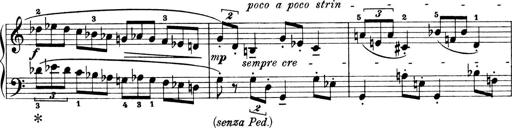
Title: 4 Sonatines
Composer: Max Reger